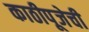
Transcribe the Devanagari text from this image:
काठीपूजेची